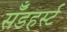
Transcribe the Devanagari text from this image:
सॅँडहर्स्ट